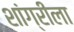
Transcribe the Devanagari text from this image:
शांग्रीला